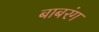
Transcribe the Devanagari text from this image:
बाबरंग